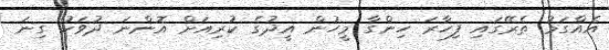
އެއްގަމު ތެރޭގައި ފިހާރަ ހިންގާ މީހުން އީދުގެ ކުރިއަށް އޮންނަ ދުވަހު ގިނަ